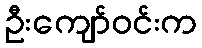
ဦးကျော်ဝင်းက